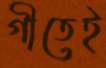
গীতেই